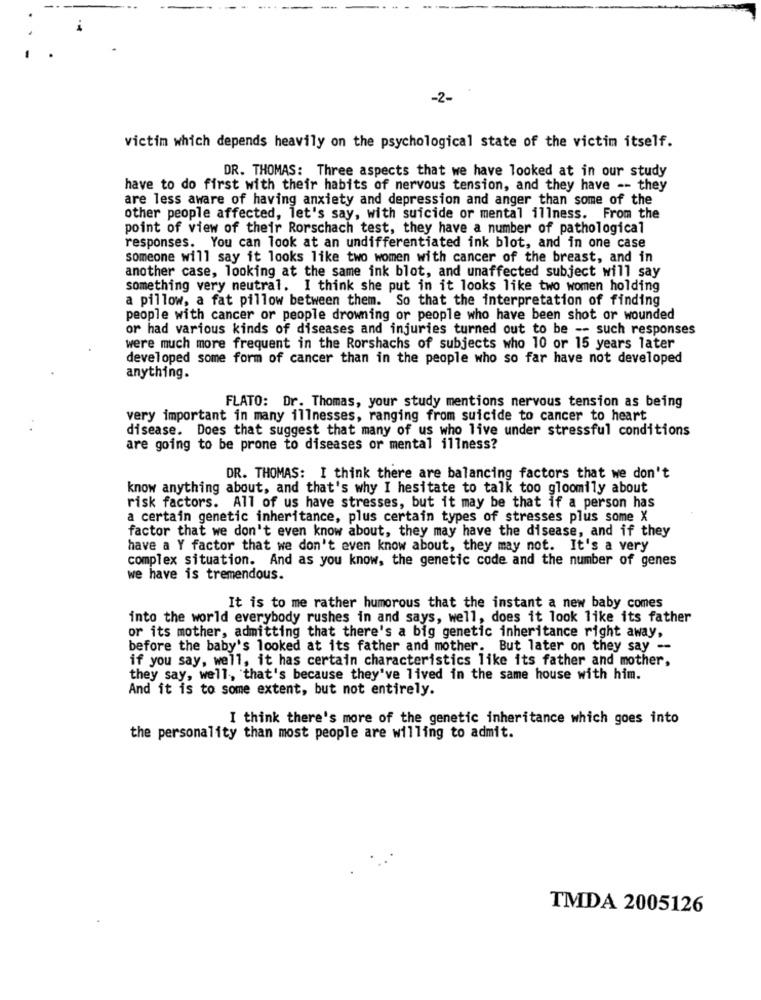
-2-
victim which depends heavily on the psychological state of the victim itself.
DR. THOMAS: Three aspects that we have looked at in our study
have to do first with their habits of nervous tension, and they have -- they
are less aware of having anxiety and depression and anger than some of the
other people affected, let's say, with suicide or mental illness. From the
point of view of their Rorschach test, they have a number of pathological
responses. You can look at an undifferentiated ink blot, and in one case
someone will say it looks like two women with cancer of the breast, and in
another case, looking at the same ink blot, and unaffected subject will say
something very neutral. I think she put in it looks like two women holding
a pillow, a fat pillow between them. So that the interpretation of finding
people with cancer or people drowning or people who have been shot or wounded
or had various kinds of diseases and injuries turned out to be -- such responses
were much more frequent in the Rorshachs of subjects who 10 or 15 years later
developed some form of cancer than in the people who so far have not developed
anything.
FLATO: Dr. Thomas, your study mentions nervous tension as being
very important in many illnesses, ranging from suicide to cancer to heart
disease. Does that suggest that many of us who live under stressful conditions
are going to be prone to diseases or mental illness?
DR. THOMAS: I think there are balancing factors that we don't
know anything about, and that's why I hesitate to talk too gloomily about
risk factors. All of us have stresses, but it may be that if a person has
a certain genetic inheritance, plus certain types of stresses plus some X
factor that we don't even know about, they may have the disease, and if they
have a Y factor that we don't even know about, they may not. It's a very
complex situation. And as you know, the genetic code and the number of genes
we have is tremendous.
It is to me rather humorous that the instant a new baby comes
into the world everybody rushes in and says, well, does it look like its father
or its mother, admitting that there's a big genetic inheritance right away,
before the baby's looked at its father and mother. But later on they say -
if you say, well, it has certain characteristics like its father and mother,
they say, well, that's because they've lived in the same house with him.
And it is to some extent, but not entirely.
I think there's more of the genetic inheritance which goes into
the personality than most people are willing to admit.
TMDA 2005126